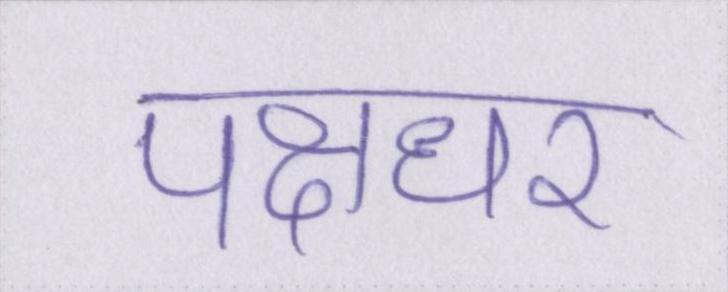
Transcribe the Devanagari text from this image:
पक्षधर